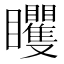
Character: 䂄